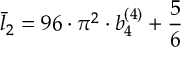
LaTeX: \bar { l } _ { 2 } = 9 6 \cdot \pi ^ { 2 } \cdot b _ { 4 } ^ { ( 4 ) } + { \frac { 5 } { 6 } }